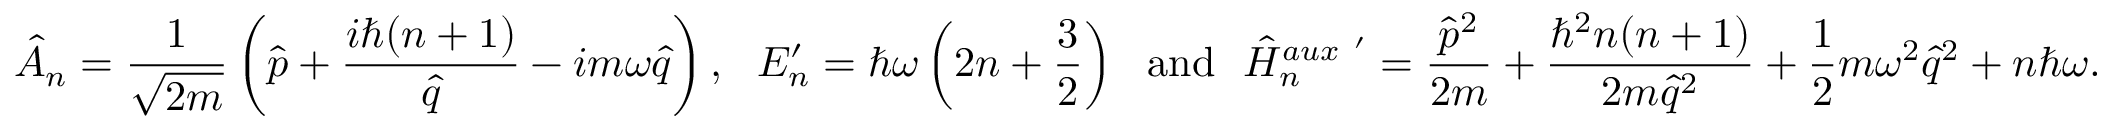
\hat { A } _ { n } = \frac { 1 } { \sqrt { 2 m } } \left( \hat { p } + \frac { i \hbar ( n + 1 ) } { \hat { q } } - i m \omega \hat { q } \right) , ~ ~ E _ { n } ^ { \prime } = \hbar \omega \left( 2 n + \frac { 3 } { 2 } \right) ~ ~ \mathrm { a n d } ~ ~ \hat { H } _ { n } ^ { a u x ~ ^ { \prime } } = \frac { \hat { p } ^ { 2 } } { 2 m } + \frac { \hbar ^ { 2 } n ( n + 1 ) } { 2 m \hat { q } ^ { 2 } } + \frac { 1 } { 2 } m \omega ^ { 2 } \hat { q } ^ { 2 } + n \hbar \omega .